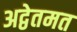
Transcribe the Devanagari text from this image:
अद्वेतमत